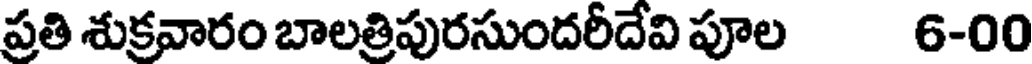
ప్రతి శుక్రవారం బాలత్రిపురసుందరీదేవి పూల 6-00